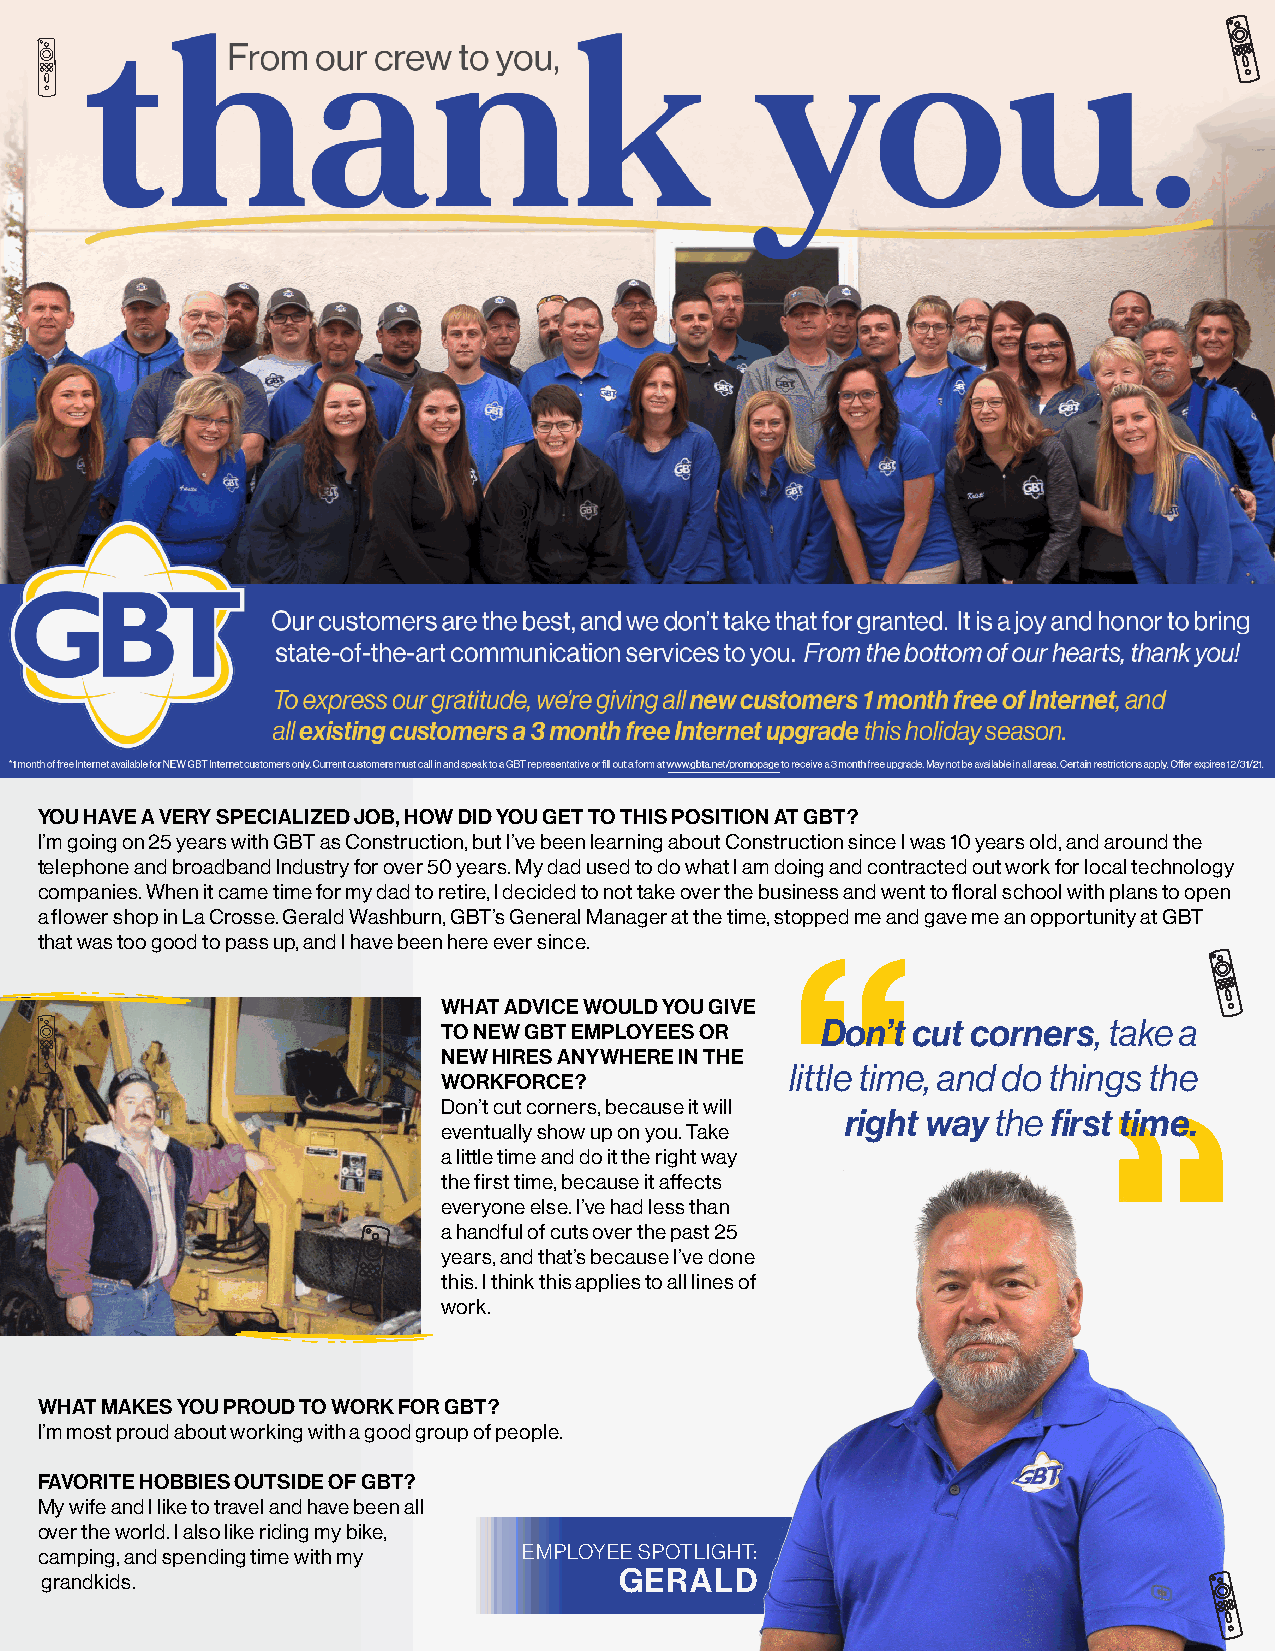
YOU HAVE A VERY SPECIALIZED JOB, HOW DID YOU GET TO THIS POSITION AT GBT?
 I’m going on 25 years with GBT as Construction, but I’ve been learning about Construction since I was 10 years old, and around the
 telephone and broadband Industry for over 50 years. My dad used to do what I am doing and contracted out work for local technology
 companies. When it came time for my dad to retire, I decided to not take over the business and went to floral school with plans to open
 a flower shop in La Crosse. Gerald Washburn, GBT’s General Manager at the time, stopped me and gave me an opportunity at GBT
 that was too good to pass up, and I have been here ever since.
 “
 WHAT ADVICE WOULD YOU GIVE
 TO NEW GBT EMPLOYEES OR  Don’t cut corners, take a
 NEW HIRES ANYWHERE IN THE
 little time, and do things the
 WORKFORCE?
 Don’t cut corners, because it will
 right way the first time.
 eventually show up on you. Take
 a little time and do it the right way
 the first time, because it affects
 everyone else. I’ve had less than
 a handful of cuts over the past 25
 years, and that’s because I’ve done
 this. I think this applies to all lines of
 work.
 WHAT MAKES YOU PROUD TO WORK FOR GBT?
 I’m most proud about working with a good group of people.
 FAVORITE HOBBIES OUTSIDE OF GBT?
 My wife and I like to travel and have been all
 over the world. I also like riding my bike,
 camping, and spending time with my EMPLOYEE SPOTLIGHT:
 grandkids.                            GERALD
 “